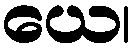
ယေ၊